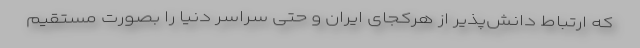
که ارتباط دانش‌پذیر از هرکجای ایران و حتی سراسر دنیا را بصورت مستقیم